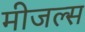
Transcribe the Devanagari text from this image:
मीजल्स